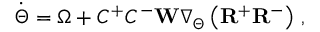
\begin{array} { r } { \Dot { \Theta } = \Omega + C ^ { + } C ^ { - } \mathbf { W } \nabla _ { \Theta } \left( \mathbf { R } ^ { + } \mathbf { R } ^ { - } \right) \, , } \end{array}